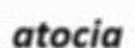
atocia